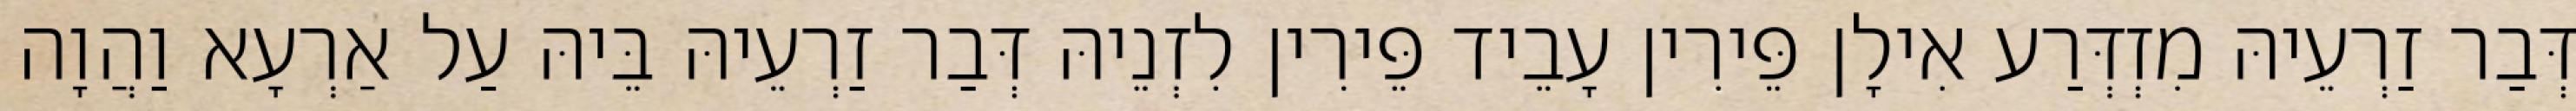
דְּבַר זַרְעֵיהּ מִזְדְּרַע אִילָן פֵּירִין עָבֵיד פֵּירִין לִזְנֵיהּ דְּבַר זַרְעֵיהּ בֵּיהּ עַל אַרְעָא וַהֲוָה